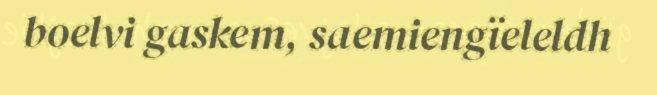
boelvi gaskem, saemiengïeleldh